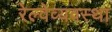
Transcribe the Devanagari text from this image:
रेल्वेव्यवस्था